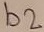
Text: b2